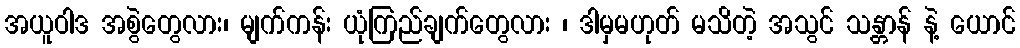
အယူဝါဒ အစွဲတွေလား၊ မျက်ကန်း ယုံကြည်ချက်တွေလား ၊ ဒါမှမဟုတ် မသိတဲ့ အသွင် သန္တာန် နဲ့ ယောင်